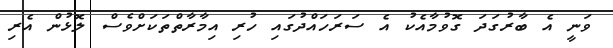
ވަނީ އެ ބާރުގަދަ ގޮވުމާއެކު އެ ސަރަހައްދުގައި ހުރި އިމާރާތްތަކަށްވެސް ލޮޅުން އެރި